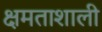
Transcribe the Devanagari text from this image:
क्षमताशाली